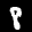
Label: 8